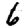
Digit: 6